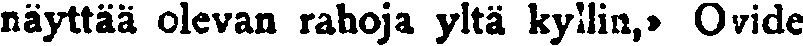
näyttää olevan rahoja yltä kyllin,» Ovide